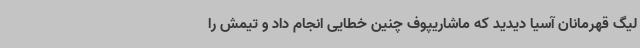
لیگ قهرمانان آسیا دیدید که ماشاریپوف چنین خطایی انجام داد و تیمش را